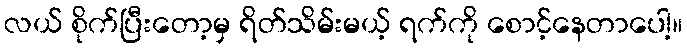
လယ် စိုက်ပြီးတော့မှ ရိတ်သိမ်းမယ့် ရက်ကို စောင့်နေတာပေါ့။